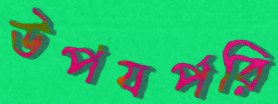
উপযর্পরি